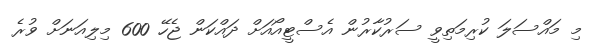
މި މައްސަލަ ކުރިމަތިވީ ސަރުކާރުން އެސްޓީއޯއަށް ދައްކަން ޖެހޭ 600 މިލިއަނަށް ވުރެ